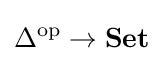
\Delta ^{\mathrm {op} }\to \mathbf {Set}